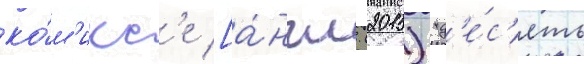
ко́м'икс'е [а́нгл. (2015) "д'е́с'ять